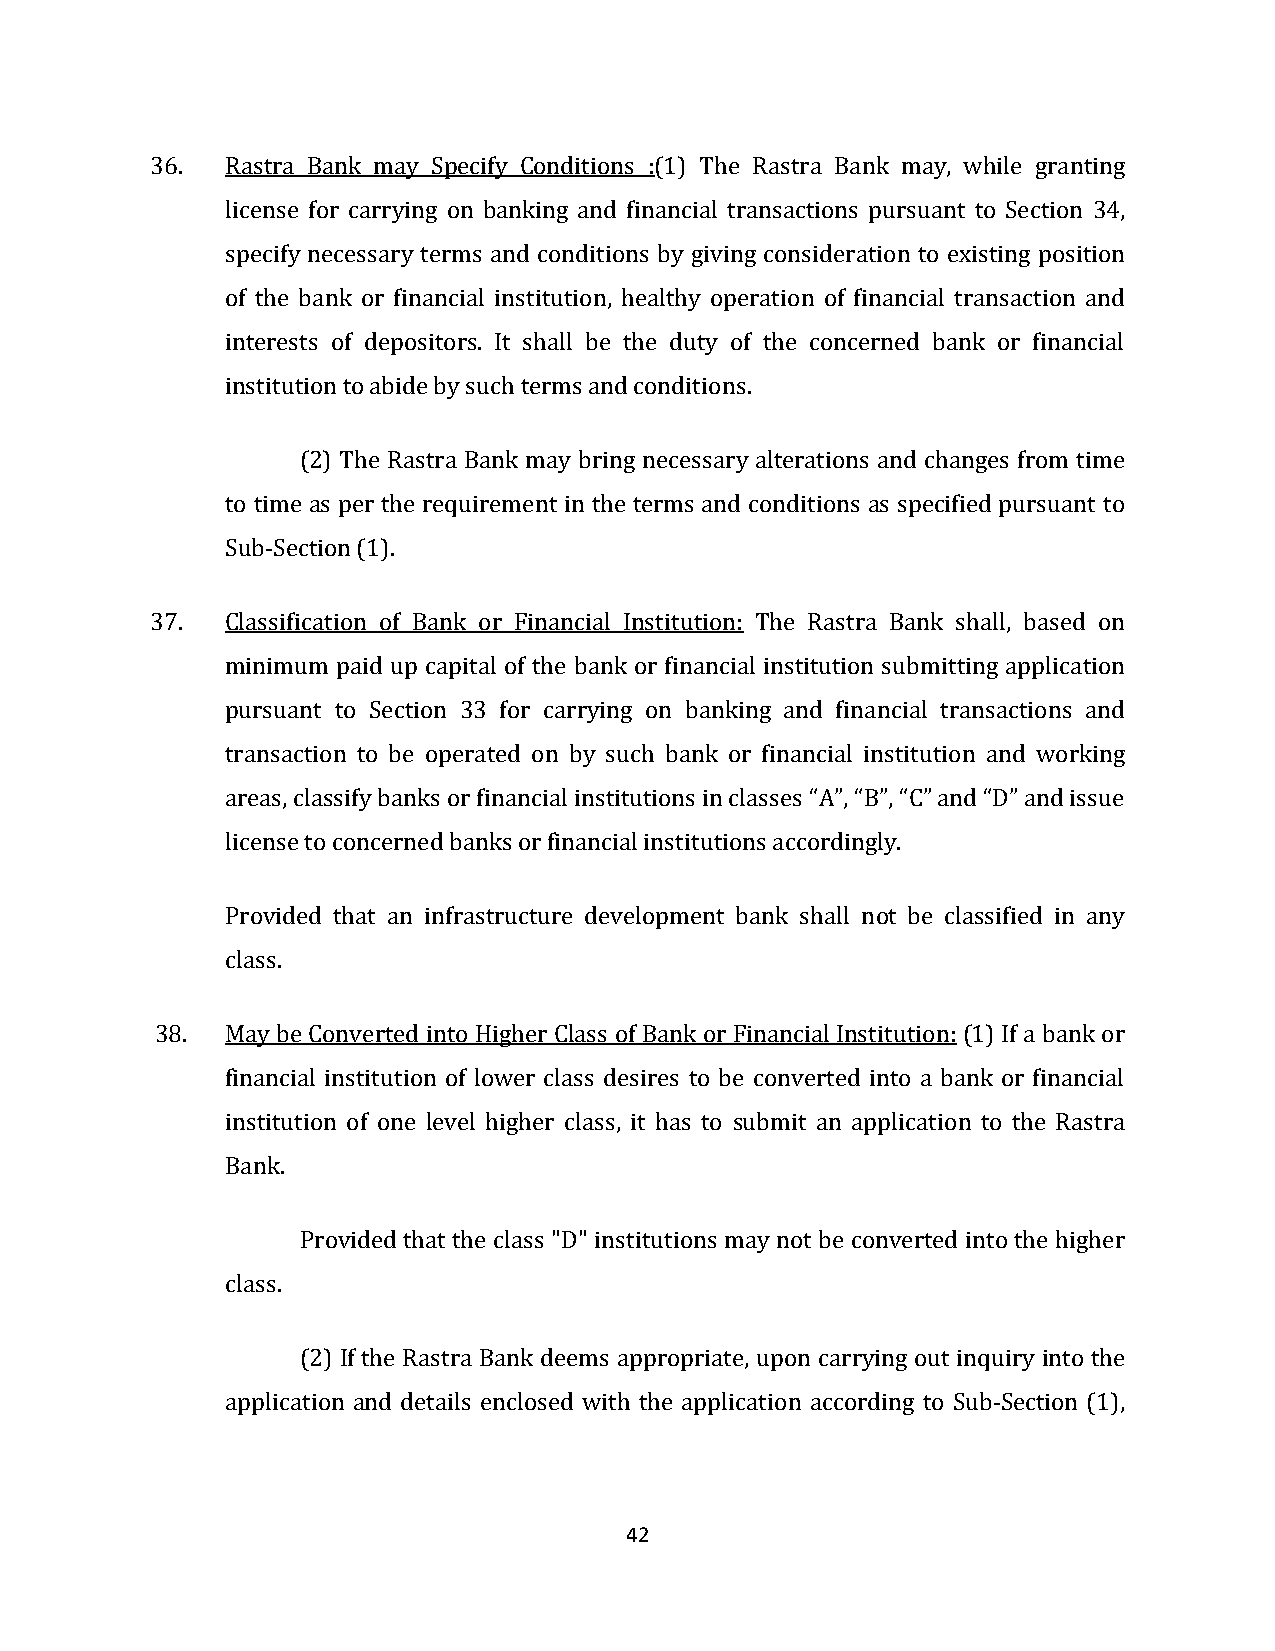
36.  Rastra Bank may Specify Conditions :(1) The Rastra Bank may, while granting
 license for carrying on banking and financial transactions pursuant to Section 34,
 specify necessary terms and conditions by giving consideration to existing position
 of the bank or financial institution, healthy operation of financial transaction and
 interests of depositors. It shall be the duty of the concerned bank or financial
 institution to abide by such terms and conditions.
 (2) The Rastra Bank may bring necessary alterations and changes from time
 to time as per the requirement in the terms and conditions as specified pursuant to
 Sub-Section (1).
 37.  Classification of Bank or Financial Institution: The Rastra Bank shall, based on
 minimum paid up capital of the bank or financial institution submitting application
 pursuant to Section 33 for carrying on banking and financial transactions and
 transaction to be operated on by such bank or financial institution and working
 areas, classify banks or financial institutions in classes “A”, “B”, “C” and “D” and issue
 license to concerned banks or financial institutions accordingly.
 Provided that an infrastructure development bank shall not be classified in any
 class.
 38.  May be Converted into Higher Class of Bank or Financial Institution: (1) If a bank or
 financial institution of lower class desires to be converted into a bank or financial
 institution of one level higher class, it has to submit an application to the Rastra
 Bank.
 Provided that the class "D" institutions may not be converted into the higher
 class.
 (2) If the Rastra Bank deems appropriate, upon carrying out inquiry into the
 application and details enclosed with the application according to Sub-Section (1),
 42